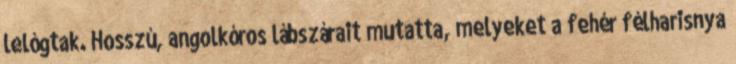
lelógtak. Hosszú, angolkóros lábszárait mutatta, melyeket a fehér félharisnya